Vaccination in Bombay 1869-1873 - 1869-1873
Year: 1869
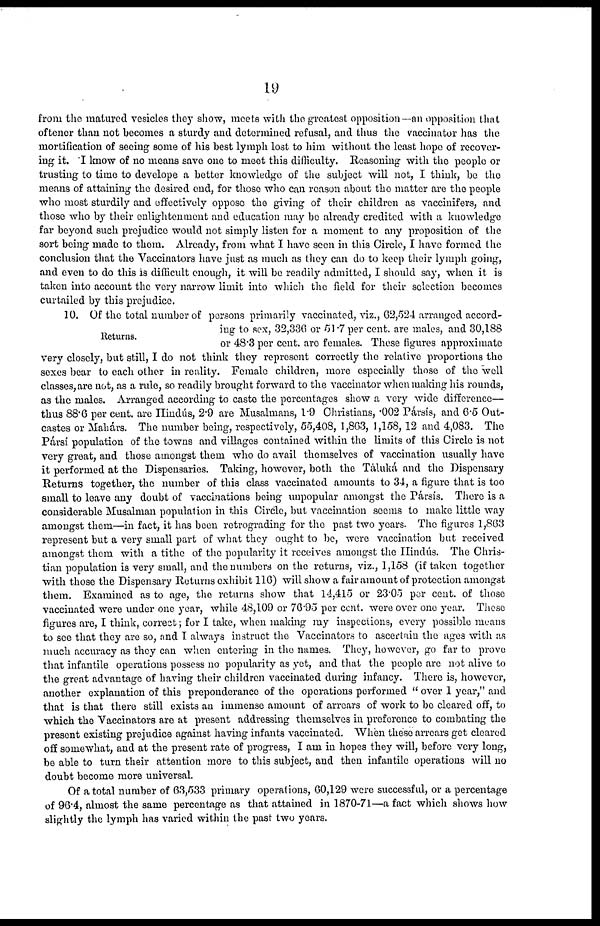
19
from the matured vesicles they show, meets with the greatest opposition—an opposition that
oftener than not becomes a sturdy and determined refusal, and thus the vaccinator has the
mortification of seeing some of his best lymph lost to him without the least hope of recover-
ing it. I know of no means save one to meet this difficulty. Reasoning with the people or
trusting to time to develope a better knowledge of the subject will not, I think, be the
means of attaining the desired end, for those who can reason about the matter are the people
who most sturdily and effectively oppose the giving of their children as vaccinifers, and
those who by their enlightenment and education may be already credited with a knowledge
far beyond such prejudice would not simply listen for a moment to any proposition of the
sort being made to them. Already, from what I have seen in this Circle, I have formed the
conclusion that the Vaccinators have just as much as they can do to keep their lymph going,
and even to do this is difficult enough, it will be readily admitted, I should say, when it is
taken into account the very narrow limit into which the field for their selection becomes
curtailed by this prejudice.
Returns.
10. Of the total number of persons primarily vaccinated, viz., 62,524 arranged accord-
ing to sex, 32,336 or 51.7 per cent. are males, and 30,188
or 48.3 per cent. are females. These figures approximate
very closely, but still, I do not think they represent correctly the relative proportions the
sexes bear to each other in reality. Female children, more especially those of the well
classes, are not, as a rule, so readily brought forward to the vaccinator when making his rounds,
as the males. Arranged according to caste the percentages show a very wide difference—
thus 88.6 per cent, are Hindás, 2.9 are Musalmans, 1.9 Christians, .002 Pársís, and 6.5 Out-
castes or Mahárs. The number being, respectively, 55,408, 1,863, 1,158, 12 and 4,083. The
Pársí population of the towns and villages contained within the limits of this Circle is not
very great, and those amongst them who do avail themselves of vaccination usually have
it performed at the Dispensaries. Taking, however, both the Táluká and the Dispensary
Returns together, the number of this class vaccinated amounts to 34, a figure that is too
small to leave any doubt of vaccinations being unpopular amongst the Pársís. There is a
considerable Musalman population in this Circle, but vaccination seems to make little way
amongst them—in fact, it has been retrograding for the past two years. The figures 1,863
represent but a very small part of what they ought to be, were vaccination but received
amongst them with a tithe of the popularity it receives amongst the Hindás. The Chris-
tian population is very small, and the numbers on the returns, viz., 1,158 (if taken together
with those the Dispensary Returns exhibit 116) will show a fair amount of protection amongst
them. Examined as to age, the returns show that 14,415 or 23.05 per cent. of those
vaccinated were under one year, while 48,109 or 76.95 per cent. were over one year. These
figures are, I think, correct; for I take, when making my inspections, every possible means
to see that they are so, and I always instruct the Vaccinators to ascertain the ages with as
much accuracy as they can when entering in the names. They, however, go far to prove
that infantile operations possess no popularity as yet, and that the people are not alive to
the great advantage of having their children vaccinated during infancy. There is, however,
another explanation of this preponderance of the operations performed " over 1 year," and
that is that there still exists an immense amount of arrears of work to be cleared off, to
which the Vaccinators are at present addressing themselves in preference to combating the
present existing prejudice against having infants vaccinated. When these arrears get cleared
off somewhat, and at the present rate of progress, I am in hopes they will, before very long,
be able to turn their attention more to this subject, and then infantile operations will no
doubt become more universal.
Of a total number of 63,533 primary operations, 60,129 were successful, or a percentage
of 96.4, almost the same percentage as that attained in 1870-71—a fact which shows how
slightly the lymph has varied within the past two years.